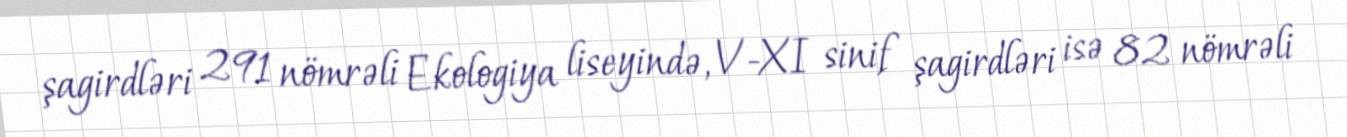
şagirdləri 291 nömrəli Ekologiya liseyində, V-XI sinif şagirdləri isə 82 nömrəli